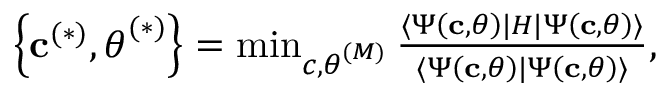
\begin{array} { r } { \left\{ \mathbf { c } ^ { ( * ) } , \boldsymbol { \theta } ^ { ( * ) } \right\} = \operatorname* { m i n } _ { \boldsymbol { c } , \boldsymbol { { \theta } } ^ { ( M ) } } \frac { \langle \Psi \left( \mathbf { c } , \boldsymbol { \theta } \right) \rvert H \lvert \Psi \left( \mathbf { c } , \boldsymbol { \theta } \right) \rangle } { \langle \Psi \left( \mathbf { c } , \boldsymbol { \theta } \right) \vert \Psi \left( \mathbf { c } , \boldsymbol { \theta } \right) \rangle } , } \end{array}